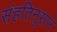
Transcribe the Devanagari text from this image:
संहतिनुसार